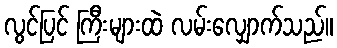
လွင်ပြင် ကြီးများထဲ လမ်းလျှောက်သည်။